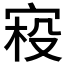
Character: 𰍂